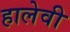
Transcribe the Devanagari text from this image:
हालेवी